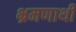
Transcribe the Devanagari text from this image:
भ्रमणार्थी